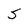
Character: S